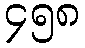
၄၅၈